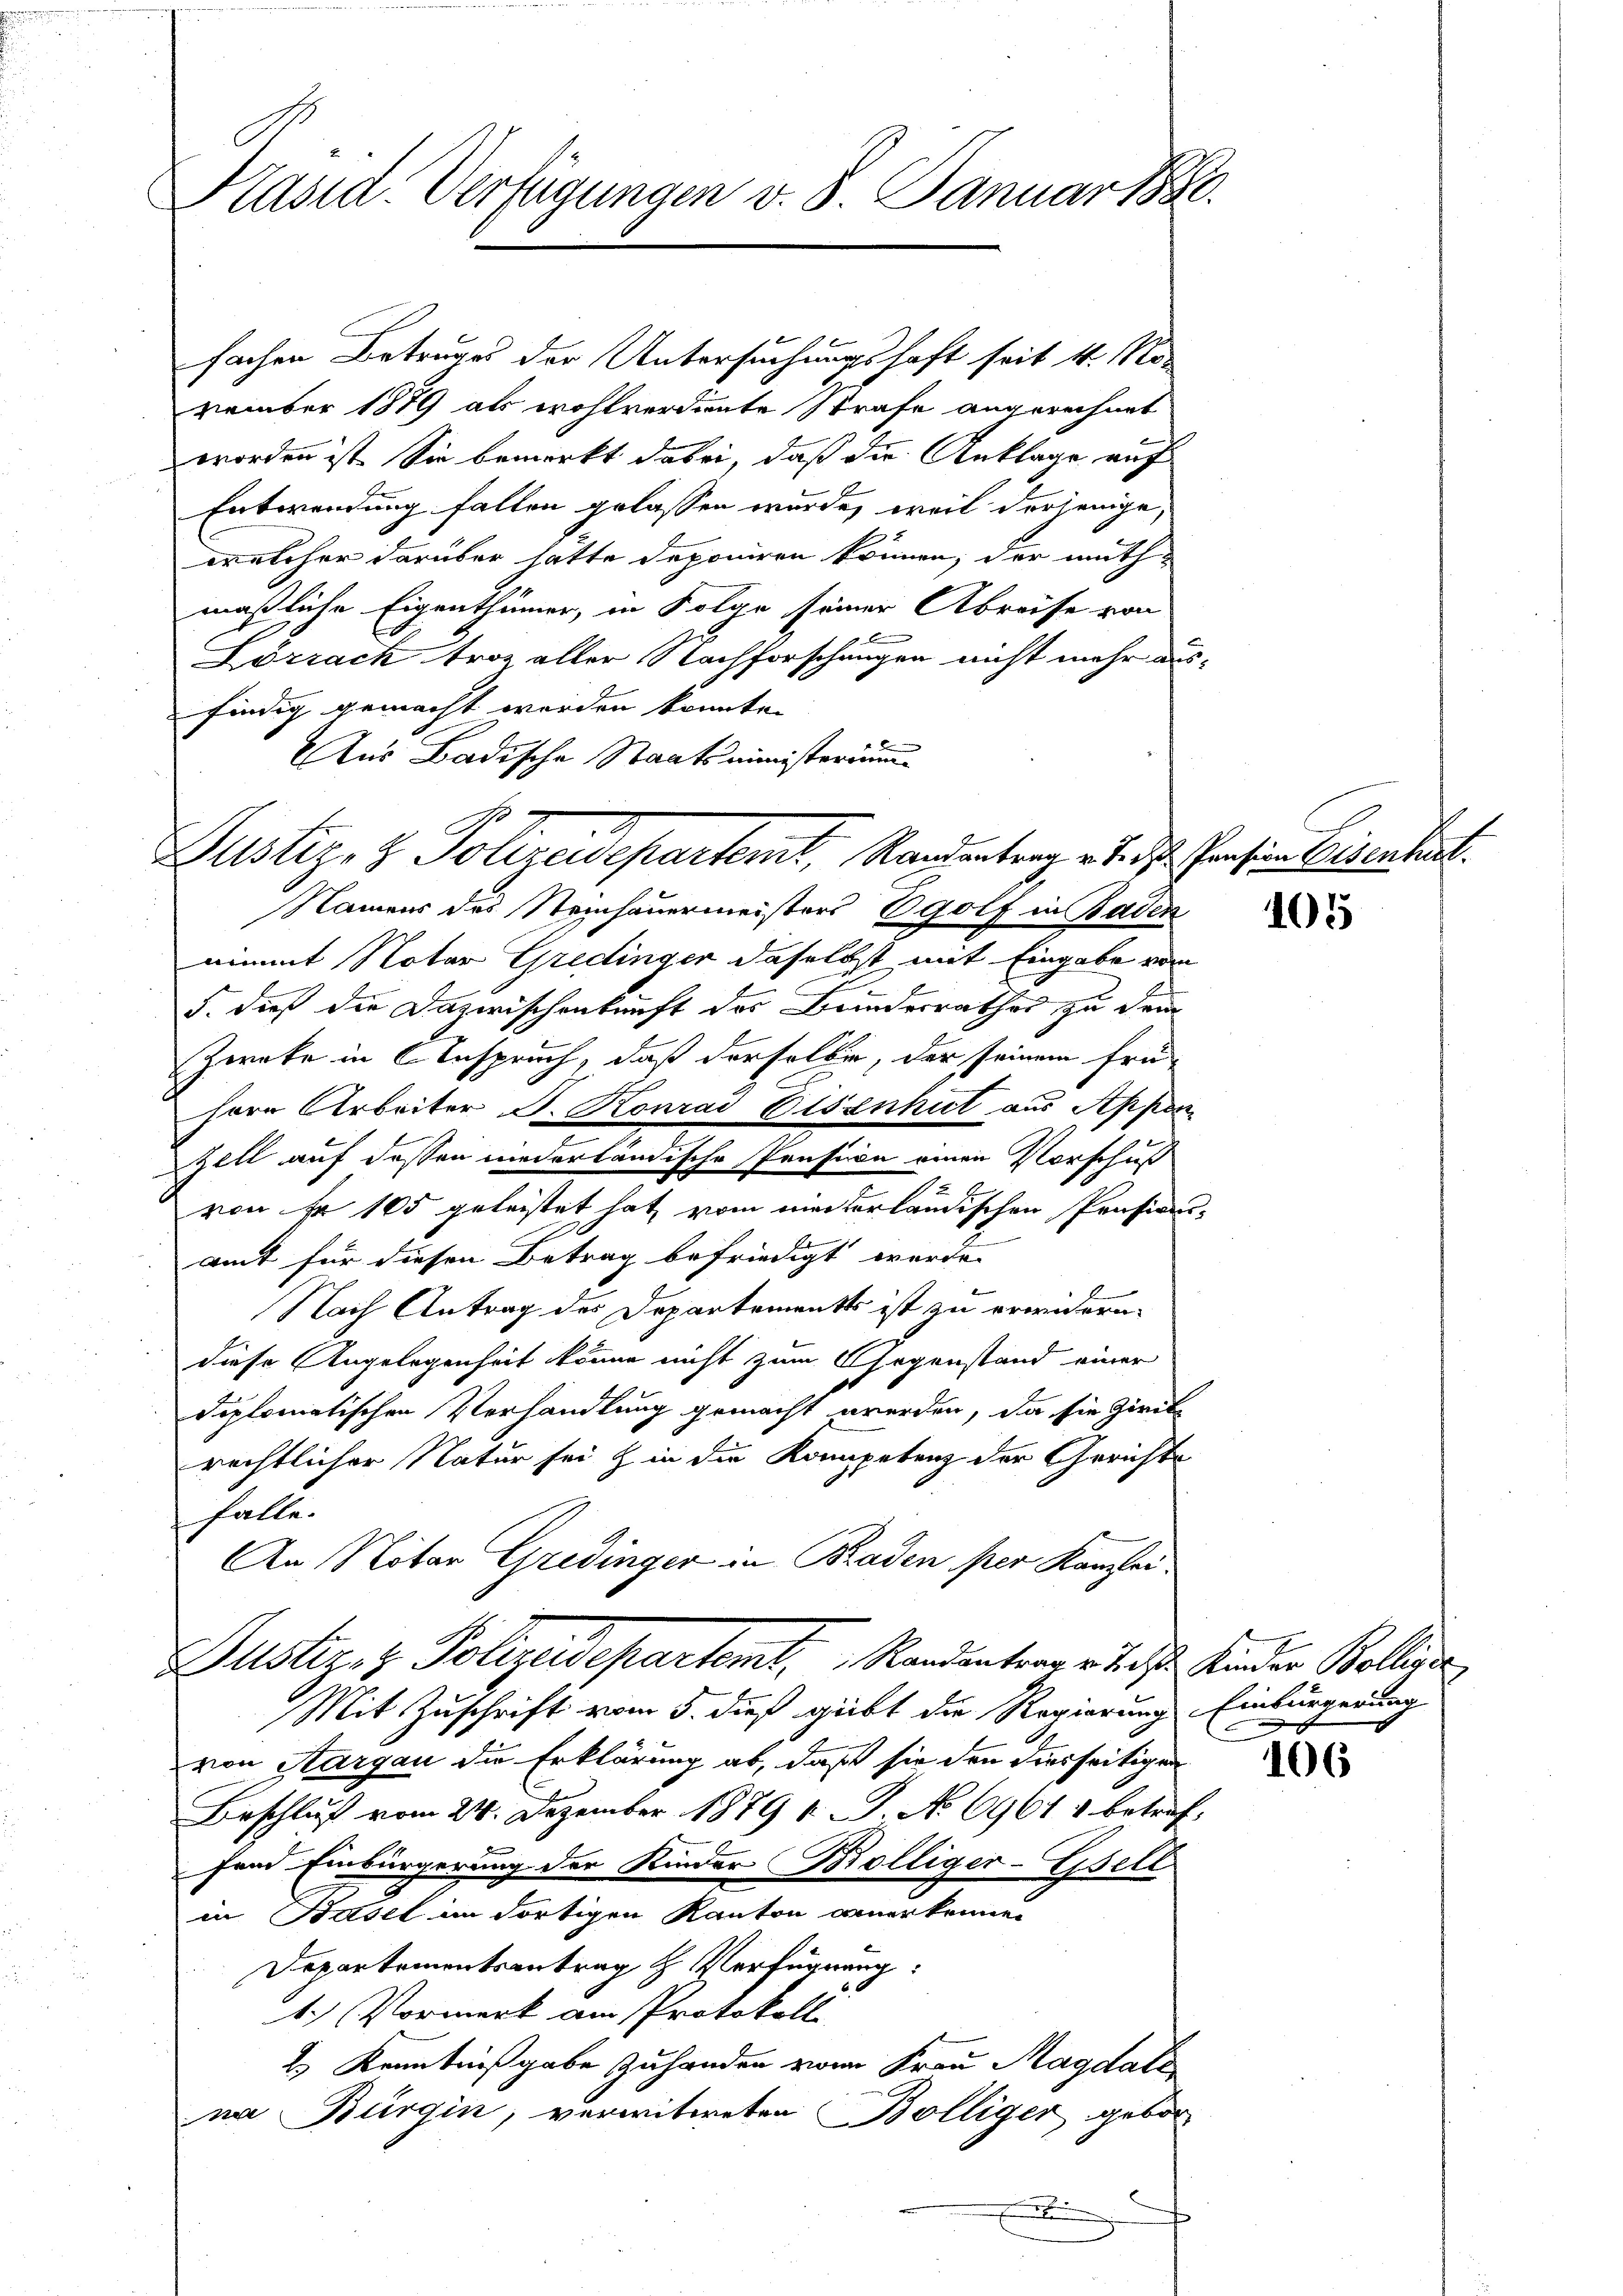
Präsid. Verfügungen v. 8. Januar 1880.

fachen Betruges der Untersuchungshaft seit 4. No-
vember 1879 als wohlverdiente Strafe angerechnet
worden ist. Sie bemerkt dabei, daß die Anklage auf
Entwendung fallen gelassen wurde, weil derjenige,
welcher darüber hätte deponiren können, der muthmaßliche Eigenthümer, in Folge seiner Abreise von
Lozrack troz aller Nachforschungen nicht mehr ausfindig gemacht werden könnte.
Aus Badische Staatsministerium
Namens des Steinhauermeisters Egolf in Baden
nimmt Notar Gredinger daselbst mit Eingabe vom
5. dieß die Dazwischenkunft des Bandesrathes zu dem
Zweke in Anspruch, daß derselbe, der seinem früc
hern Arbeiter J. Konrad Eisenhut aus Appen
Zell auf dessen niederländische Pension einen Vorschuß
von fr 105 geleistet hat vom minterländischen Präsidenamt für diesen Betrag befriedigt werde.
Nach Antrag des Departements ist zu erwidern.
diese Angelegenheit könne nicht zum Gegenstand einer
diplomatischen Verhandlung gemacht werden, da sie Zirik
rechtlicher Natur sei & in die Kompetenz der Gerichts
halte.
An Notar Gredinger in Baden per Kanzlei
ustiz- & Polizeidepartemt, Randantrag r t des Kinder Bollier
Mit Zuschrift vom 5. dieß gibt die Regierung Einbürgerung
von Aargau die Erklärung ab, daß sie den derseitigen
Beschluß vom 24. Dezember 1879 v. J. No 6961 & betrefd
sein Einbürgerung der Kinder Bolliger-Gsell
in Basel im dortigen Kanton anerkennen
Departementsantrag & Verfügung:
1.) Vormerk am Protokoll
2) Kenntnißgabe Zuhanden von Frau Magdale
na Bürgin, verwitweten Bölliger gebor
.

7
Justiz- & Polizeidepartemt, Randantrag v. J. des Pension Eisenhut.

105

106